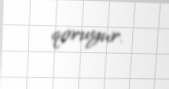
qoruyur.